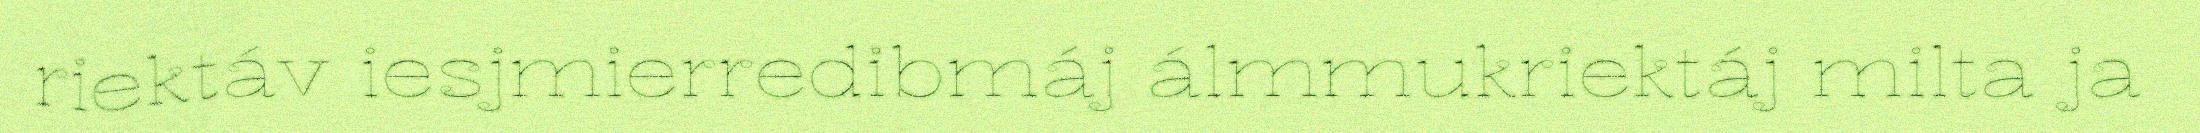
riektáv iesjmierredibmáj álmmukriektáj milta ja